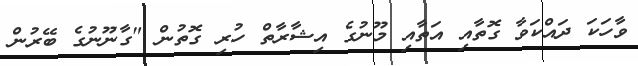
ވާހަކަ ދައްކަވާ ގޮތާއި އަތާއި މޫނުގެ އިޝާރާތް ހުރި ގޮތުން "ގާނޫނުގެ ބޭރުން